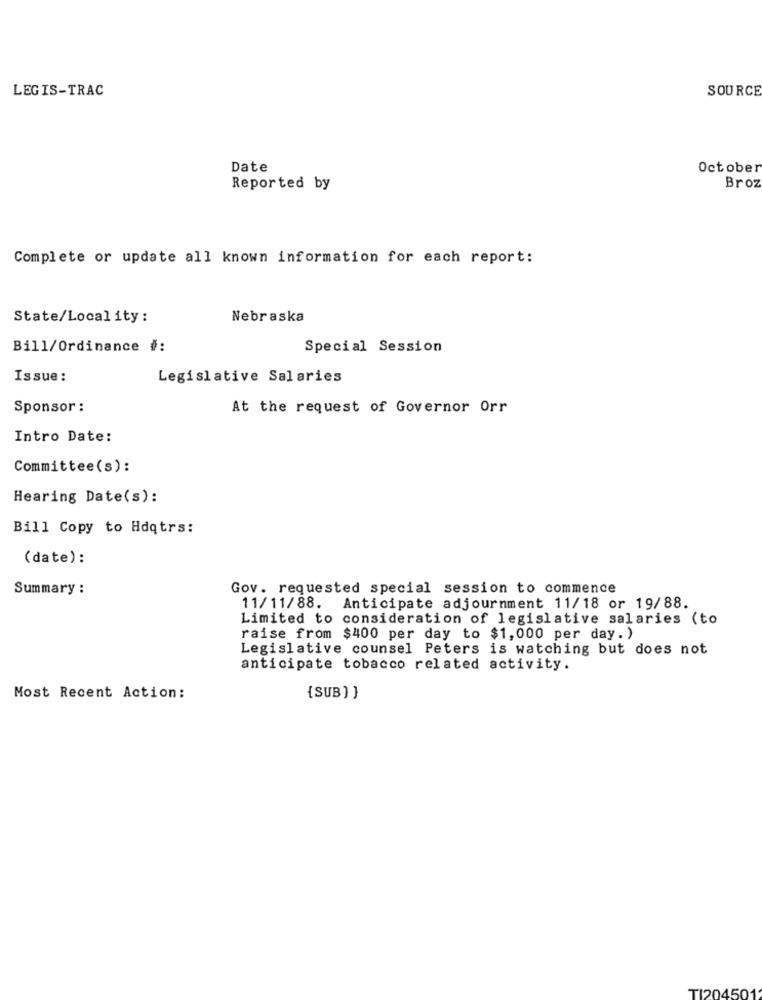
LEGIS-TRAC
SOURCE
Date
October
Reported by
Broz
Complete or update all known information for each report:
State/Local ity :
Nebraska
Bill/Ordinance #:
Special Session
Issue:
Legislative Salaries
Sponsor :
At the request of Governor Orr
Intro Date:
Committee(s):
Hearing Date(s):
Bill Copy to Hdqtrs:
(date):
Summary :
Gov. requested special session to commence
11/11/88. Anticipate adjournment 11/18 or 19/88.
Limited to consideration of legislative salaries (to
raise from $400 per day to $1,000 per day.)
Legislative counsel Peters is watching but does not
anticipate tobacco related activity.
Most Recent Action:
{SUB ] }
TI204501